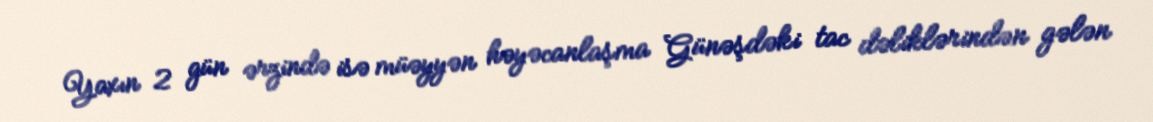
Yaxın 2 gün ərzində isə müəyyən həyəcanlaşma Günəşdəki tac dəliklərindən gələn